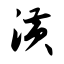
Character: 潢